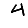
Digit: 4